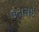
ઉતારાઇ